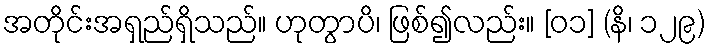
အတိုင်းအရှည်ရှိသည်။ ဟုတွာပိ၊ ဖြစ်၍လည်း။ [၀၁] (နိ၊ ၁၂၉)